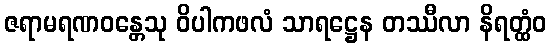
ဇရာမရဏဝန္တေသု ဝိပါကဖလံ သာရဋ္ဌေန တဿီလာ နိရတ္ထံဝ